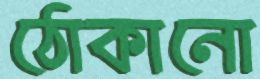
ঠোকানো